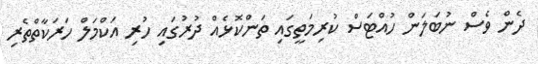
ދެން ވެސް ނުބަލަން ހުއްޓަސް ކުރިމަތީގައި ތަންކޮޅެއް ދުރުގައި ހުރި އަކްމަލް ހަރަކާތްތެރި